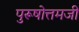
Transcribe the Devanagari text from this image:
पुरूषोत्तमजी